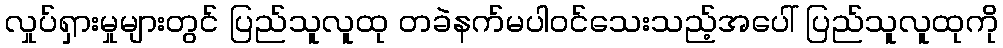
လှုပ်ရှားမှုများတွင် ပြည်သူလူထု တခဲနက်မပါဝင်သေးသည့်အပေါ် ပြည်သူလူထုကို